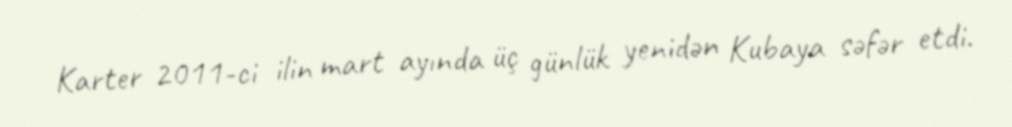
Karter 2011-ci ilin mart ayında üç günlük yenidən Kubaya səfər etdi.